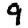
Digit: 9